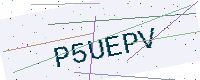
Text: P5UEPV